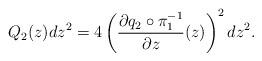
LaTeX: \begin{align*} Q_2(z) dz^2 = 4 \left( \frac{\partial q_2 \circ \pi_1^{-1}}{\partial z}(z) \right)^2 dz^2. \end{align*}